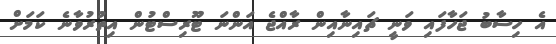
އެ ހިސާބު ޖަހާފައި ވަނީ ޗައިނާއިން ރާއްޖެ އަންނަ ޓޫރިސްޓުން އިތުރުވާނެ ކަމަށް